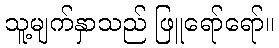
သူ့မျက်နှာသည် ဖြူရော်ရော်။